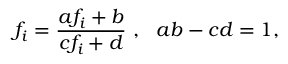
f _ { i } = \frac { a f _ { i } + b } { c f _ { i } + d } ~ , ~ ~ a b - c d = 1 ,